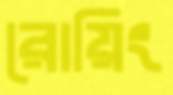
রোয়িং